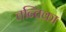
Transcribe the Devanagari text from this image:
तन्तिका